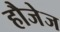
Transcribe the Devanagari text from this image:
हौजेज